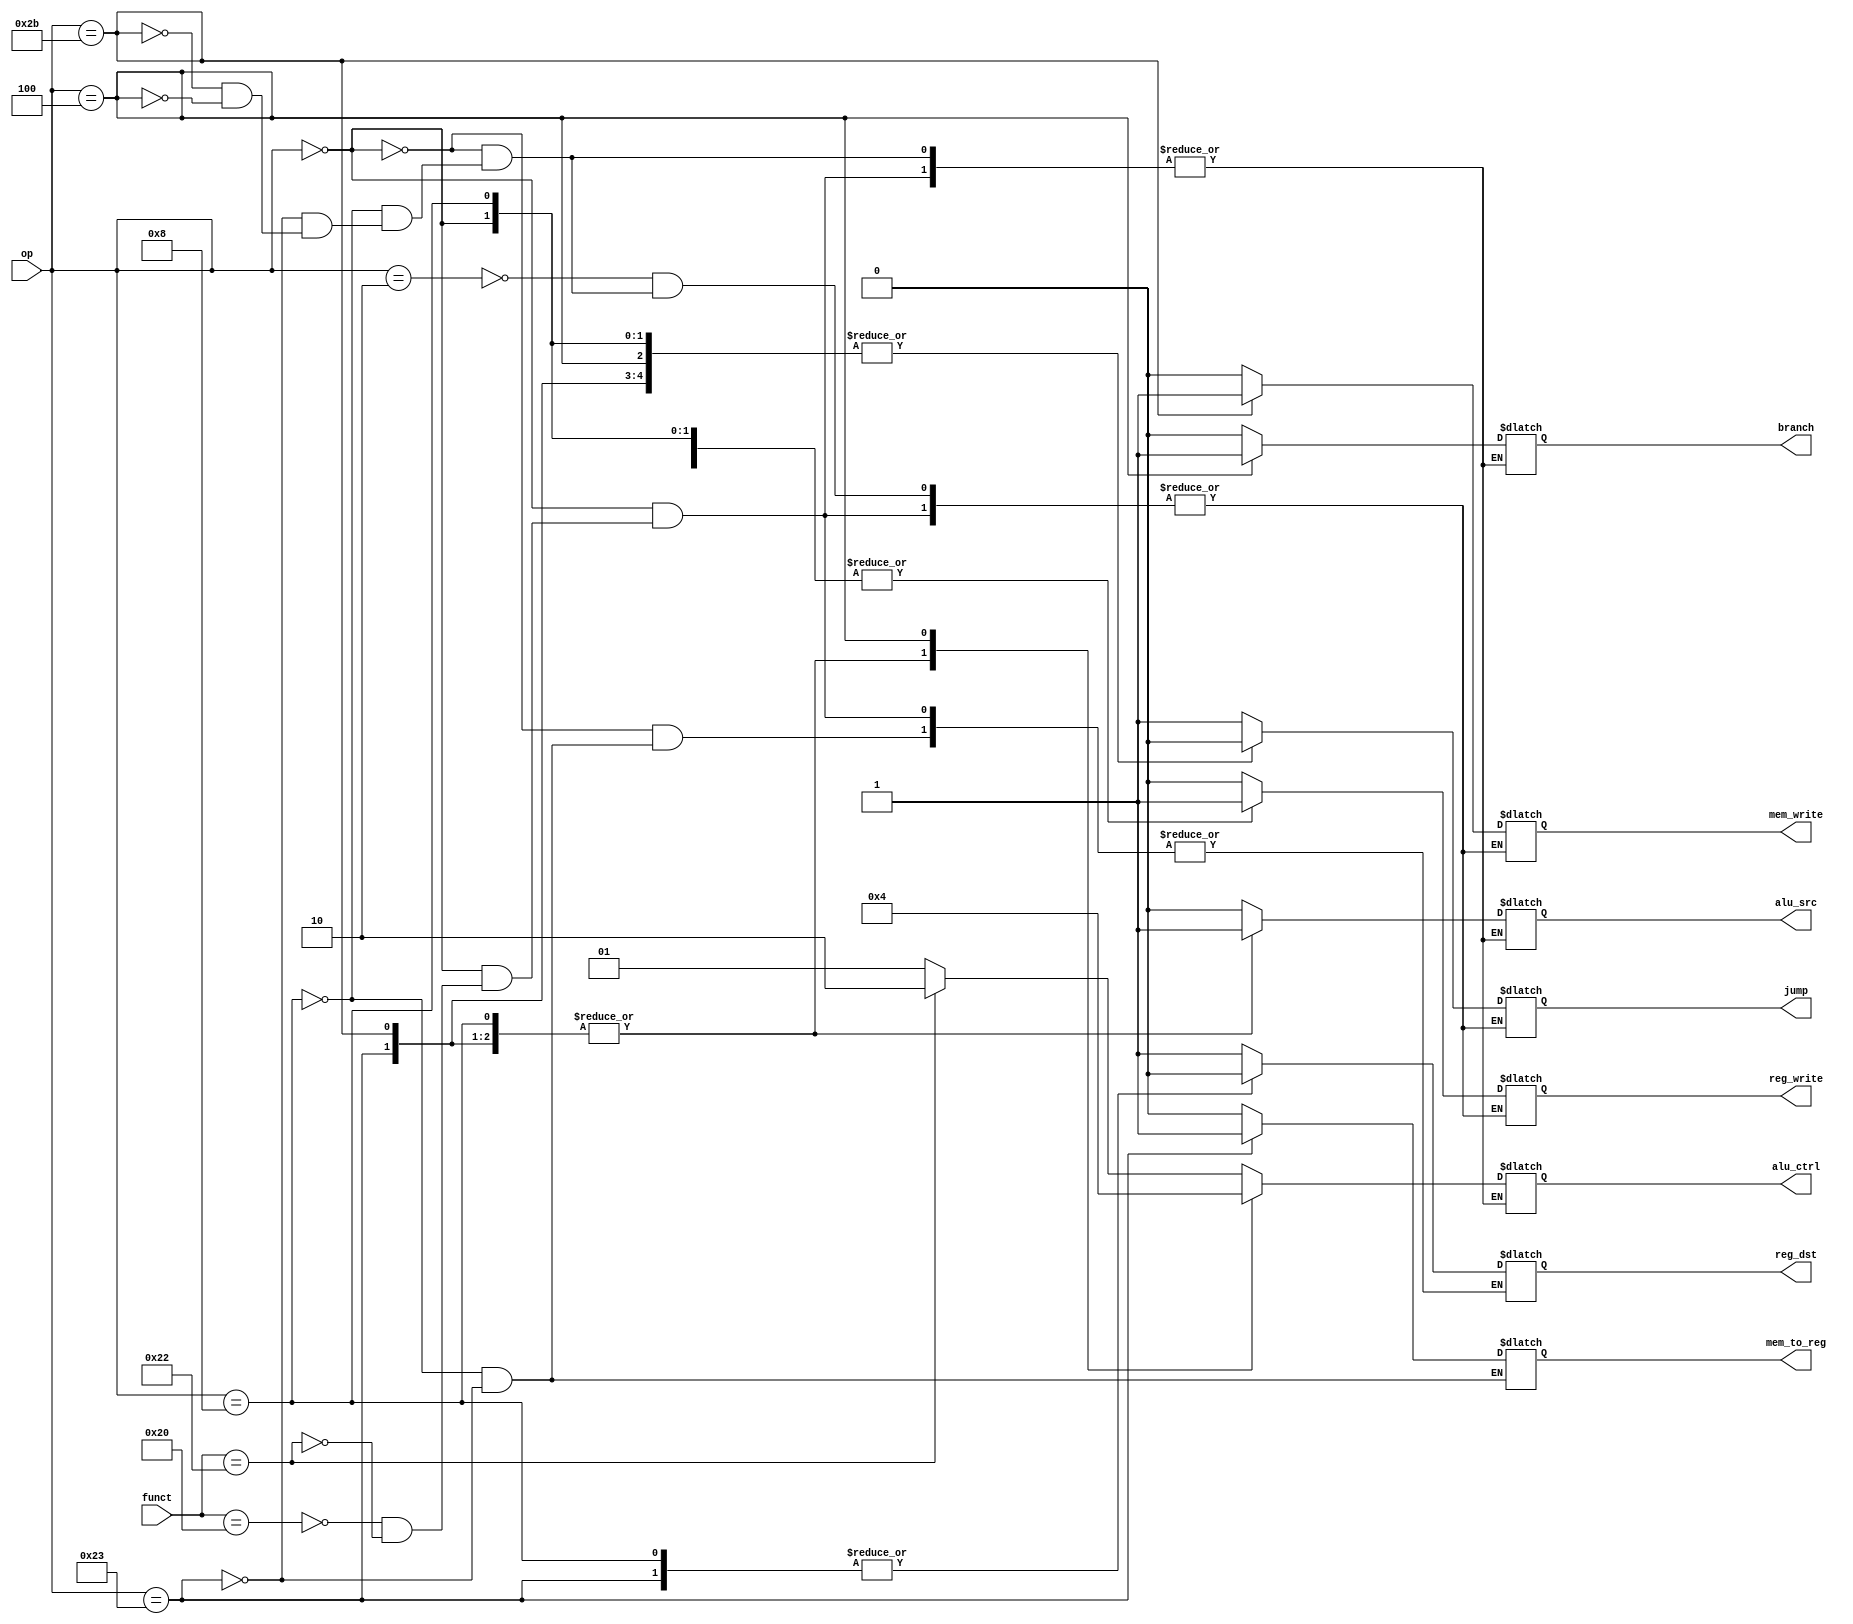
module control_5(op, funct, mem_to_reg, mem_write, branch, alu_ctrl, alu_src, reg_dst, reg_write, jump) ;
  input [5:0] funct;
  input [5:0] op;
  output [0:0] mem_to_reg, mem_write, branch, alu_src, reg_dst, reg_write, jump;
  output [1:0] alu_ctrl;
  reg [0:0] mem_to_reg, mem_write, branch, alu_src, reg_dst, reg_write, jump;
  reg [1:0] alu_ctrl;
  always @(*) begin
    case(op)
      6'b000010: begin
        jump = 1;
        reg_write = 0;
        mem_write = 0;
    	end
      6'b000000:
        case(funct)
          6'b100000: begin
            reg_write = 1;
            reg_dst = 1;
            alu_src = 0;
            branch = 0;
            mem_write = 0;
            alu_ctrl = 2'b01;
            jump = 0;
      	end
          6'b100010: begin
            reg_write = 1;
            reg_dst = 1;
            alu_src = 0;
            branch = 0;
            mem_write = 0;
            alu_ctrl = 2'b10;
            jump = 0;
        	end
        endcase
      6'b001000: begin
        reg_write = 1;
        reg_dst = 0;
        alu_src = 1;
        alu_ctrl = 2'b01;
        branch = 0;
        mem_write = 0;
        mem_to_reg = 0;
        jump = 0;
    	end
      6'b100011: begin
        reg_write = 1;
        reg_dst = 0;
        alu_src = 1;
        branch = 0;
        mem_write = 0;
        mem_to_reg = 1;
        alu_ctrl = 2'b01;
        jump = 0;
    	end
      6'b101011: begin
        reg_write = 0;
        alu_src = 1;
        branch = 0;
        mem_write = 1;
        alu_ctrl = 2'b01;
        jump = 0;
    	end
      6'b000100: begin
        reg_write = 0;
        alu_src = 0;
        branch = 1;
        mem_write = 0;
        alu_ctrl = 2'b00;
        jump = 0;
    	end
    endcase
  end
endmodule